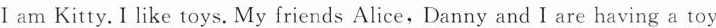
Ⅰ am Kitty.I like toys. My friends Alice,Danny and I are having a toy